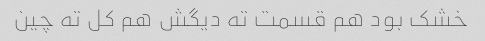
خشک بود هم قسمت ته دیگش هم کل ته چین